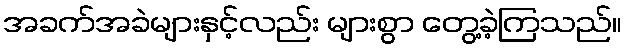
အခက်အခဲများနှင့်လည်း များစွာ တွေ့ခဲ့ကြသည်။